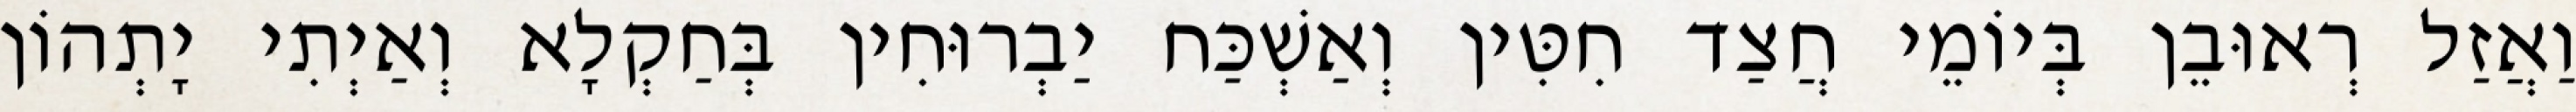
וַאֲזַל רְאוּבֵן בְּיוֹמֵי חֲצַד חִטִּין וְאַשְׁכַּח יַבְרוּחִין בְּחַקְלָא וְאַיְתִי יָתְהוֹן